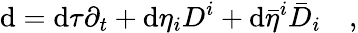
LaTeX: \mathrm{d}=\mathrm{d}\tau\partial_{t}+\mathrm{d}\eta_{i}D^{i}+\mathrm{d}\bar{{\eta}}^{i}\bar{{D}}_{i}\quad,